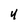
Character: 4